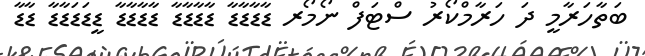
ބަތާހަރާމީ ދަ ހަރާމްކޯރު ސްޓަފް ނޯމޯރ ޑާޑާޑާޑާ ޑާޑާޑާޑާ ޑާޑާޑާޑާ ޑީޑަޑަޑާޑާ ޑާޑާ